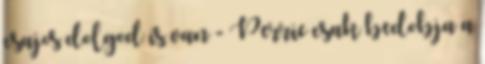
csajos dolgod is van - Perrie csak bedobja a